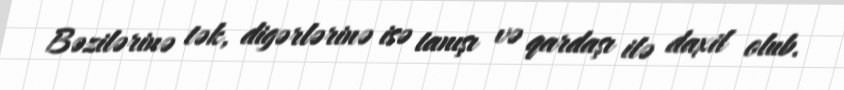
Bəzilərinə tək, digərlərinə isə tanışı və qardaşı ilə daxil olub.